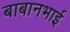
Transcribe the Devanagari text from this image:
बाबानभाई